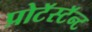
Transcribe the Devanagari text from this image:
प्रोटॅस्टॅन्ट